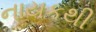
નાયકથી